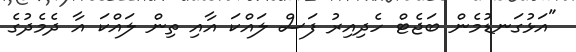
"އަޅުގަނޑުމެން ބަޖެޓް ހެދިއިރު ފަސް ލައްކަ އާއި ތިން ލައްކަ އާ ދެމެދުގެ